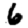
Digit: 6